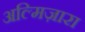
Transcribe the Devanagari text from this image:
अल्मिज़ारा